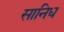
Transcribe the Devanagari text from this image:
सानिध